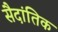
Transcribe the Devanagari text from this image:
सैदांतिक